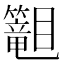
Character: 𬕾